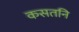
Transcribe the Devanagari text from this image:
कसतनि